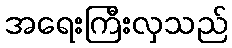
အရေးကြီးလှသည်